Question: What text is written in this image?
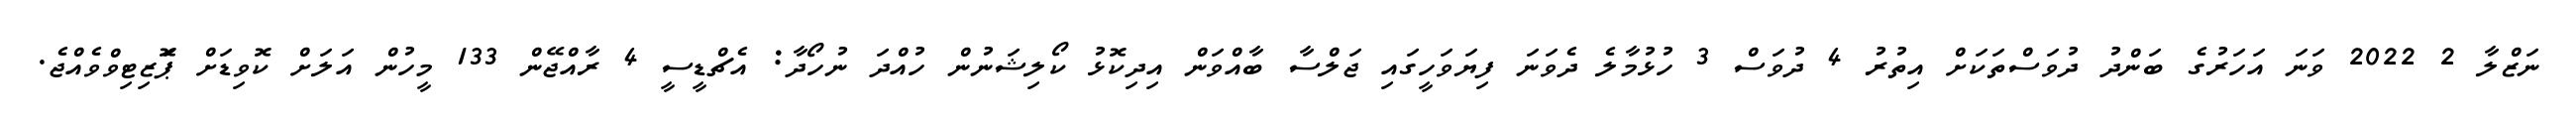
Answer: ނަޒްލާ 2 2022 ވަނަ އަހަރުގެ ބަންދު ދުވަސްތަކަށް އިތުރު 4 ދުވަސް 3 ހުޅުމާލެ ދެވަނަ ފިޔަވަހީގައި ޖަލްސާ ބާއްވަން އިދިކޮޅު ކޯލިޝަނުން ހުއްދަ ނުހޯދާ: އެޗްޑީސީ 4 ރާއްޖޭން 133 މީހުން އަލަށް ކޮވިޑަށް ޕަޮޒިޓިވްވެއްޖެ.